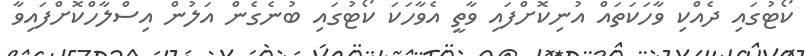
ކޯޓުގައި ދެއްކި ވާހަކަތައް އުނިކޮށްފައި ވާތީ އެވާހަކަ ކޯޓުގައި ބުނެގެން އަލުން އިސްލާހްކޮށްފައިވާ